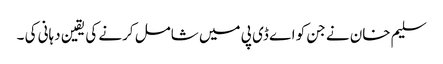
سلیم خان نے جن کو اے ڈی پی میں شامل کرنے کی یقین دہانی کی ۔